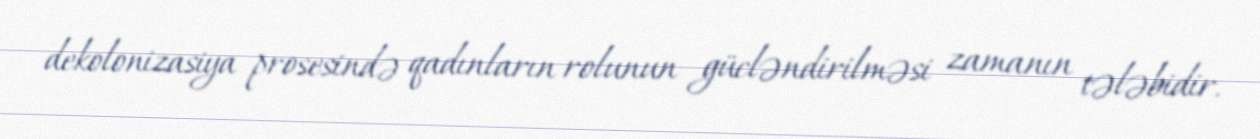
dekolonizasiya prosesində qadınların rolunun gücləndirilməsi zamanın tələbidir.